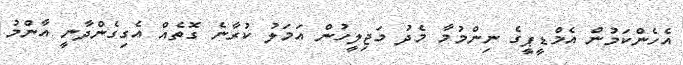
އެހެންކަމުން އެމްޑީޕީގެ ނިންމުމާ މެދު މަޖިލީހުން އަމަލު ކުރާނެ ގޮތެއް އެގިގެންދާނީ އާންމު